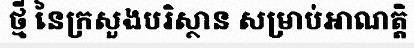
ថ្មី នៃក្រសួងបរិស្ថាន សម្រាប់អាណត្តិ